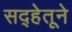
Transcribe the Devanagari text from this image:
सद्हेतूने